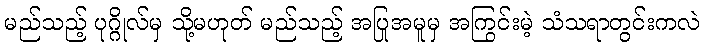
မည်သည့် ပုဂ္ဂိုလ်မှ သို့မဟုတ် မည်သည့် အပြုအမူမှ အကြွင်းမဲ့ သံသရာတွင်းကလဲ